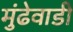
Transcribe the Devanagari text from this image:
मुंढेवाडी